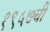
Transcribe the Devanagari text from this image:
१९५७ची